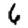
Digit: 6